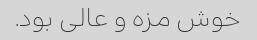
خوش مزه و عالی بود.